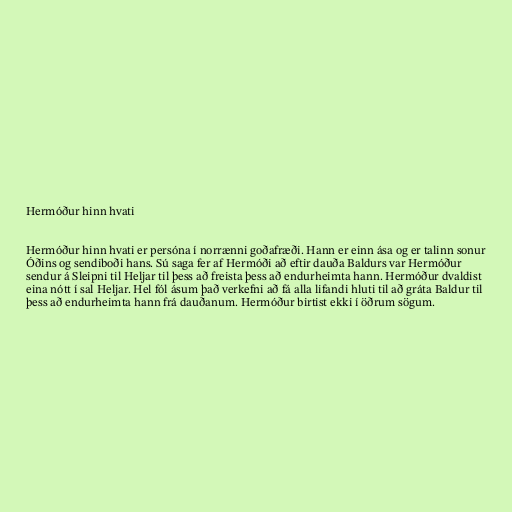
Hermóður hinn hvati

Hermóður hinn hvati er persóna í norrænni goðafræði. Hann er einn ása og er talinn sonur
Óðins og sendiboði hans. Sú saga fer af Hermóði að eftir dauða Baldurs var Hermóður
sendur á Sleipni til Heljar til þess að freista þess að endurheimta hann. Hermóður dvaldist
eina nótt í sal Heljar. Hel fól ásum það verkefni að fá alla lifandi hluti til að gráta Baldur til
þess að endurheimta hann frá dauðanum. Hermóður birtist ekki í öðrum sögum.